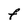
Character: F